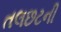
તલછટની